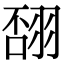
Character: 𦐸